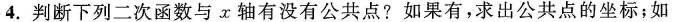
4.判断下列二次函数与x轴有没有公共点?如果有，求出公共点的坐标；如